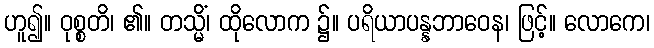
ဟူ၍။ ဝုစ္စတိ၊ ၏။ တသ္မိံ၊ ထိုလောက ၌။ ပရိယာပန္နဘာဝေန၊ ဖြင့်။ လောကေ၊